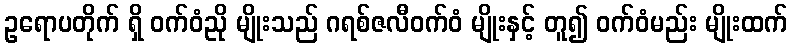
ဥရောပတိုက် ရှိ ဝက်ဝံညို မျိုးသည် ဂရစ်ဇလီဝက်ဝံ မျိုးနှင့် တူ၍ ဝက်ဝံမည်း မျိုးထက်